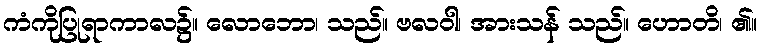
ကံကိုပြုရာကာလ၌။ လောဘော၊ သည်။ ဗလဝါ၊ အားသန် သည်။ ဟောတိ၊ ၏။